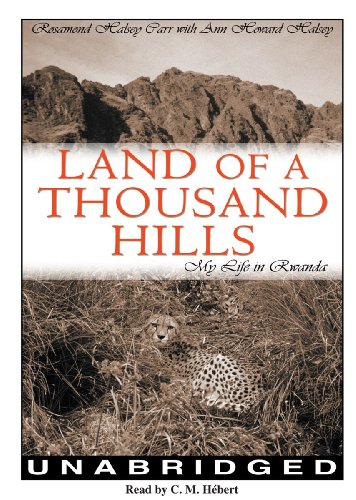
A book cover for Land of a Thousand Hills: My Life in Rwanda (Library Edition); Rosamond Halsey Carr; Travel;